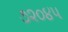
૭૨૦૪૫